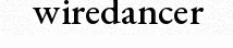
wiredancer